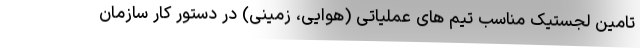
تامین لجستیک مناسب تیم های عملیاتی (هوایی، زمینی) در دستور کار سازمان